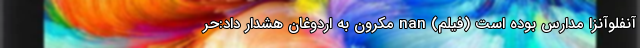
آنفلوآنزا مدارس بوده است (فیلم) nan مکرون به اردوغان هشدار داد:حر